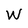
Character: W